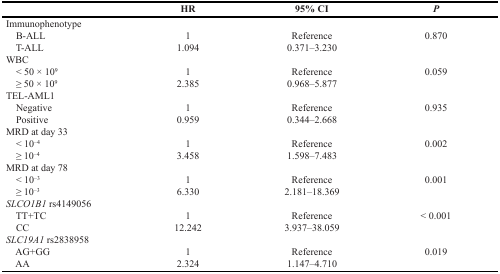
<table><thead><tr><td></td><td><b>HR</b></td><td><b>95% CI</b></td><td><b><i>P</i></b></td></tr></thead><tbody><tr><td>Immunophenotype</td><td></td><td></td><td></td></tr><tr><td> B-ALL</td><td>1</td><td>Reference</td><td>0.870</td></tr><tr><td> T-ALL</td><td>1.094</td><td>0.371–3.230</td><td></td></tr><tr><td>WBC</td><td></td><td></td><td></td></tr><tr><td> &lt; 50 × 10<sup>9</sup></td><td>1</td><td>Reference</td><td>0.059</td></tr><tr><td> ≥ 50 × 10<sup>9</sup></td><td>2.385</td><td>0.968–5.877</td><td></td></tr><tr><td>TEL-AML1</td><td></td><td></td><td></td></tr><tr><td> Negative</td><td>1</td><td>Reference</td><td>0.935</td></tr><tr><td> Positive</td><td>0.959</td><td>0.344–2.668</td><td></td></tr><tr><td>MRD at day 33</td><td></td><td></td><td></td></tr><tr><td> &lt; 10<sup>–4</sup></td><td>1</td><td>Reference</td><td>0.002</td></tr><tr><td> ≥ 10<sup>–4</sup></td><td>3.458</td><td>1.598–7.483</td><td></td></tr><tr><td>MRD at day 78</td><td></td><td></td><td></td></tr><tr><td> &lt; 10<sup>–3</sup></td><td>1</td><td>Reference</td><td>0.001</td></tr><tr><td> ≥ 10<sup>–3</sup></td><td>6.330</td><td>2.181–18.369</td><td></td></tr><tr><td><i>SLCO1B1</i> rs4149056</td><td></td><td></td><td></td></tr><tr><td> TT+TC</td><td>1</td><td>Reference</td><td>&lt; 0.001</td></tr><tr><td> CC</td><td>12.242</td><td>3.937–38.059</td><td></td></tr><tr><td><i>SLC19A1</i> rs2838958</td><td></td><td></td><td></td></tr><tr><td> AG+GG</td><td>1</td><td>Reference</td><td>0.019</td></tr><tr><td> AA</td><td>2.324</td><td>1.147–4.710</td><td></td></tr></tbody></table>